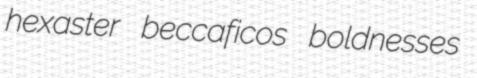
hexaster beccaficos boldnesses